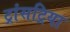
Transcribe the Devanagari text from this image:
ट्रांसट्रिया